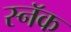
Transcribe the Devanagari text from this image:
स्नॅक